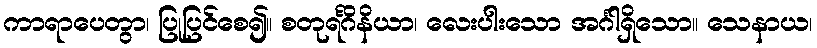
ကာရာပေတွာ၊ ပြုပြင်စေ၍။ စတုရင်္ဂိနိယာ၊ လေးပါးသော အင်္ဂါရှိသော။ သေနာယ၊